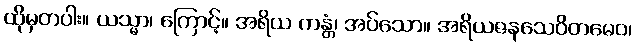
ထိုမှတပါး။ ယသ္မာ၊ ကြောင့်။ အရိယ ကန္တံ၊ အပ်သော။ အရိယဇနသေဝိတမေဝ၊